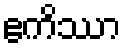
ဧကိဿာ